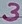
Text: 3